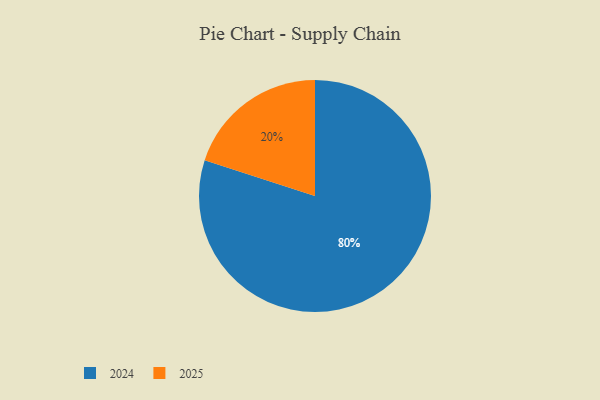
{"axis": {"x": "Category", "y": "Percentage"}, "legend": ["2024", "2025"], "data": [{"x": "2025", "y": 20, "type": "2025"}, {"x": "2024", "y": 80, "type": "2024"}]}